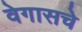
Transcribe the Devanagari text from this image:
वेगासचे